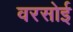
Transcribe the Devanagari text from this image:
वरसोई